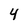
Character: 4